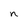
Character: n